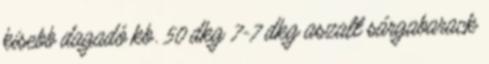
kisebb dagadó kb. 50 dkg 7-7 dkg aszalt sárgabarack